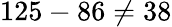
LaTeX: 125-86\neq 38